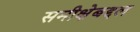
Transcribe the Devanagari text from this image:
समीक्षेबद्दल